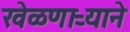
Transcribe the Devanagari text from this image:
खेळणाऱ्याने